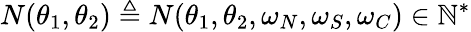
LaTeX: N(\theta_{1},\theta_{2})\triangleq N(\theta_{1},\theta_{2},\omega_{N},\omega_{S},\omega_{C})\in\mathbb{N}^{*}